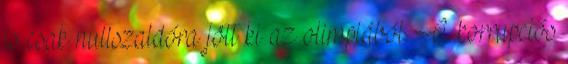
is csak nullszaldóra jött ki az olimpiából. A korrupciós